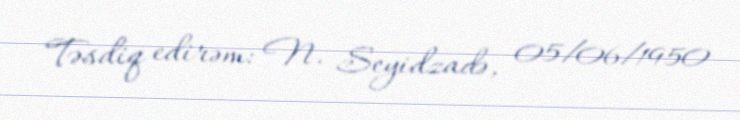
Təsdiq edirəm: N. Seyidzadə, 05/06/1950